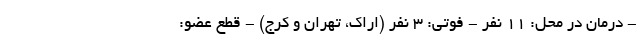
- درمان در محل: ۱۱ نفر - فوتی: ۳ نفر (اراک، تهران و کرج) - قطع عضو: